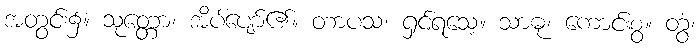
အတွင်း၌။ သုတ္တော၊ အိပ်ပျော်၏။ တာပသ၊ ရှင်ရသေ့။ သာဓု၊ ကောင်းစွ။ တွံ၊